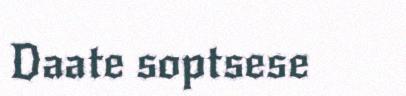
Daate soptsese